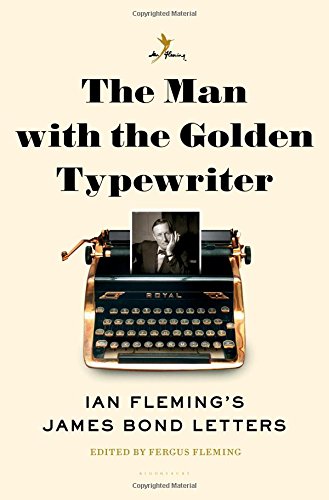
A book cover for The Man with the Golden Typewriter: Ian Fleming's James Bond Letters; Literature & Fiction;